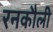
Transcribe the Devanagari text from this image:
रनकौली